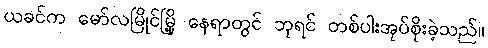
ယခင်က မော်လမြိုင်မြို့ နေရာတွင် ဘုရင် တစ်ပါးအုပ်စိုးခဲ့သည်။